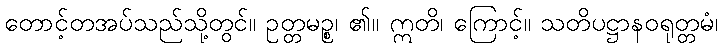
တောင့်တအပ်သည်သို့တွင်။ ဥတ္တမဉ္စ၊ ၏။ ဣတိ၊ ကြောင့်။ သတိပဋ္ဌာနဝရုတ္တမံ၊